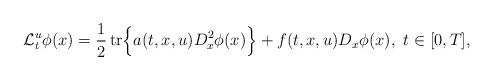
LaTeX: \begin{align*} \mathcal{L}_{t}^{u} \phi(x) = \dfrac{1}{2} \operatorname{tr} \Bigl\{a(t, x, u) D_{x}^2 \phi(x)\Bigr\} &+ f(t, x, u) D_{x} \phi(x), \,\, t \in [0, T], \end{align*}